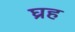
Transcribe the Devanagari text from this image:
घ्रह